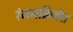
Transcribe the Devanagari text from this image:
रंजनक्रियेत